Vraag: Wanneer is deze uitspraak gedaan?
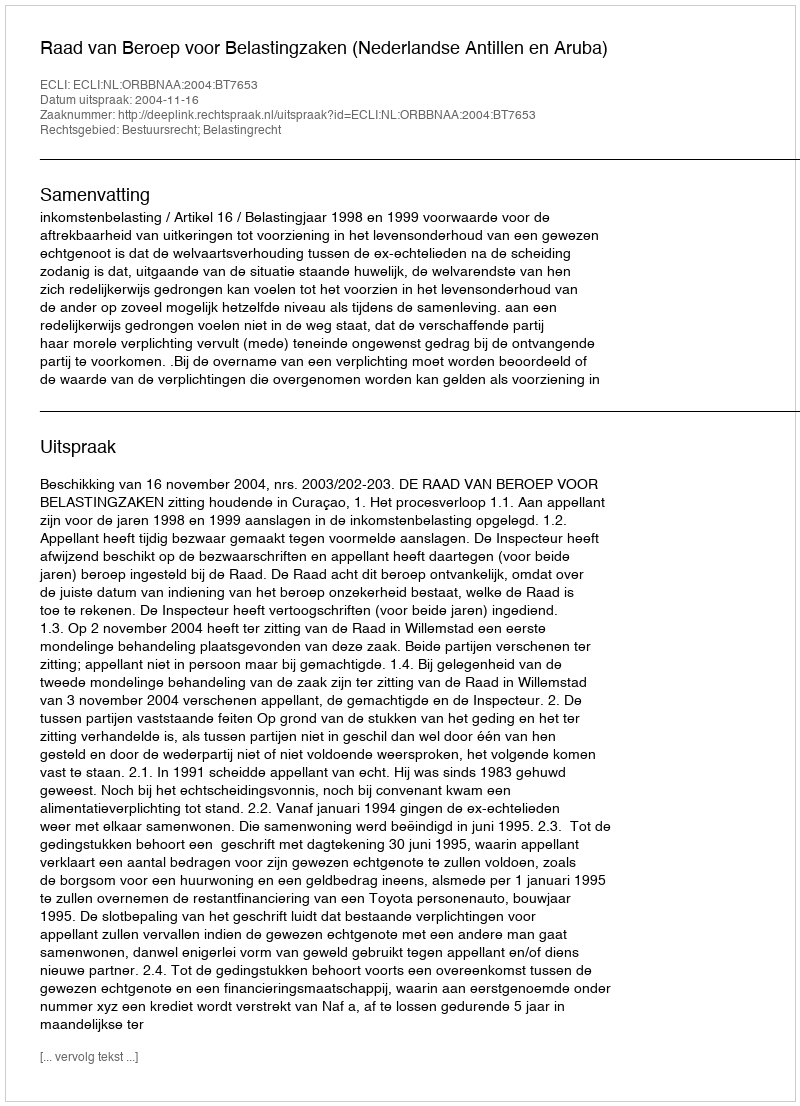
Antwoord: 2004-11-16